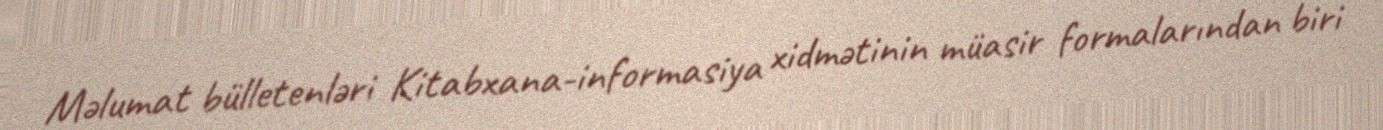
Məlumat bülletenləri Kitabxana-informasiya xidmətinin müasir formalarından biri